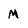
Character: M